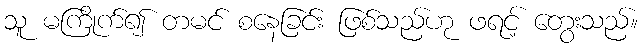
သူ မကြိုက်၍ တမင် စနေခြင်း ဖြစ်သည်ဟု ဖရင့် တွေးသည်။